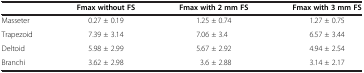
<table><thead><tr><td><b> </b></td><td><b>Fmax without FS</b></td><td><b>Fmax with 2 mm FS</b></td><td><b>Fmax with 3 mm FS</b></td></tr></thead><tbody><tr><td>Masseter</td><td>0.27 ± 0.19</td><td>1.25 ± 0.74</td><td>1.27 ± 0.75</td></tr><tr><td>Trapezoid</td><td>7.39 ± 3.14</td><td>7.06 ± 3.4</td><td>6.57 ± 3.44</td></tr><tr><td>Deltoid</td><td>5.98 ± 2.99</td><td>5.67 ± 2.92</td><td>4.94 ± 2.54</td></tr><tr><td>Branchi</td><td>3.62 ± 2.98</td><td>3.6 ± 2.88</td><td>3.14 ± 2.17</td></tr></tbody></table>